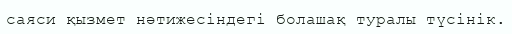
саяси қызмет нәтижесіндегі болашақ туралы түсінік.